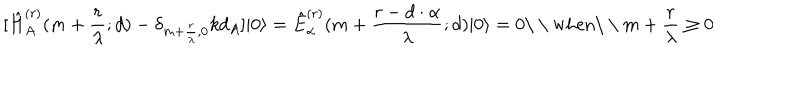
[ \hat { H } _ { A } ^ { ( r ) } ( m + \frac { r } { \lambda } ; d ) - \delta _ { m + \frac { r } { \lambda } , 0 } k d _ { A } ] | 0 \rangle = \hat { E } _ { \alpha } ^ { ( r ) } ( m + \frac { r - d \cdot \alpha } { \lambda } ; d ) | 0 \rangle \nonumber = 0 { \textrm { \ \ w h e n \ \ } } m + \frac { r } { \lambda } \geq 0